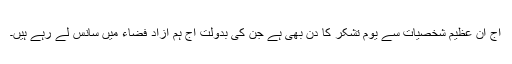
آج ان عظیم شخصیات سے یوم تشکر کا دن بھی ہے جن کی بدولت آج ہم آزاد فضاء میں سانس لے رہے ہیں۔